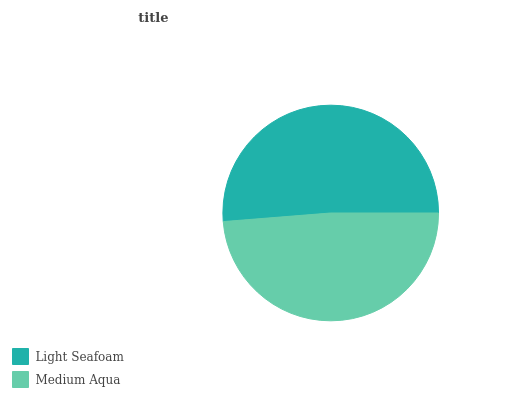
| Light Seafoam | Medium Aqua |
 | --- | --- |
 | 51.3% | 48.7% |